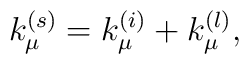
k^{(s)}_{\mu} = k^{(i)}_{\mu} +  k^{(l)}_{\mu},